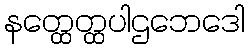
နတ္ထေတ္ထပါဌဘေဒေါ